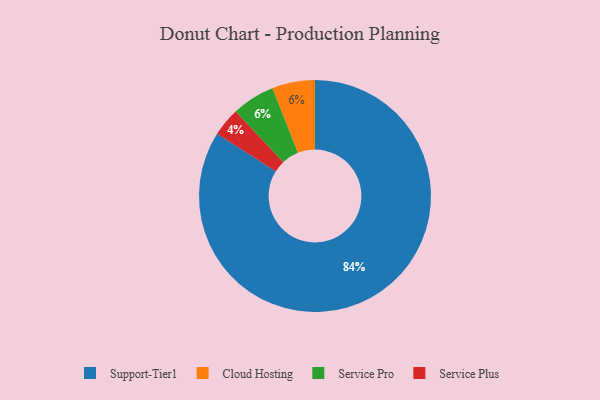
{"axis": {"x": "Category", "y": "Percentage"}, "legend": ["Cloud Hosting", "Service Plus", "Service Pro", "Support-Tier1"], "data": [{"x": "Cloud Hosting", "y": 6, "type": "Cloud Hosting"}, {"x": "Service Pro", "y": 6, "type": "Service Pro"}, {"x": "Service Plus", "y": 4, "type": "Service Plus"}, {"x": "Support-Tier1", "y": 84, "type": "Support-Tier1"}]}